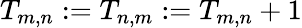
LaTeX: T_{m,n}:=T_{n,m}:=T_{m,n}+1